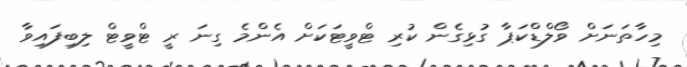
މިހާތަނަށް ވޯލްޑްކަޕާ ގުޅިގެން ކުރި ޓްވީޓަކަށް އެންމެ ގިނަ ރީ ޓްވީޓް ލިބިފައިވާ